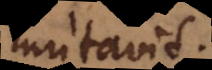
mutavit.